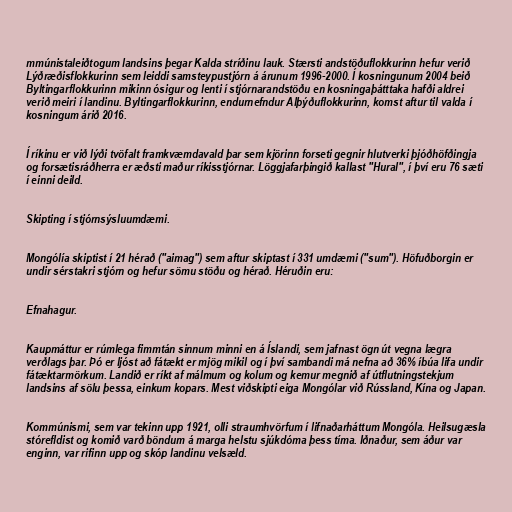
mmúnistaleiðtogum landsins þegar Kalda stríðinu lauk. Stærsti andstöðuflokkurinn hefur verið
Lýðræðisflokkurinn sem leiddi samsteypustjórn á árunum 1996-2000. Í kosningunum 2004 beið
Byltingarflokkurinn mikinn ósigur og lenti í stjórnarandstöðu en kosningaþátttaka hafði aldrei
verið meiri í landinu. Byltingarflokkurinn, endurnefndur Alþýðuflokkurinn, komst aftur til valda í
kosningum árið 2016.

Í ríkinu er við lýði tvöfalt framkvæmdavald þar sem kjörinn forseti gegnir hlutverki þjóðhöfðingja
og forsætisráðherra er æðsti maður ríkisstjórnar. Löggjafarþingið kallast "Hural", í því eru 76 sæti
í einni deild.

Skipting í stjórnsýsluumdæmi.

Mongólía skiptist í 21 hérað ("aimag") sem aftur skiptast í 331 umdæmi ("sum"). Höfuðborgin er
undir sérstakri stjórn og hefur sömu stöðu og hérað. Héruðin eru:

Efnahagur.

Kaupmáttur er rúmlega fimmtán sinnum minni en á Íslandi, sem jafnast ögn út vegna lægra
verðlags þar. Þó er ljóst að fátækt er mjög mikil og í því sambandi má nefna að 36% íbúa lifa undir
fátæktarmörkum. Landið er ríkt af málmum og kolum og kemur megnið af útflutningstekjum
landsins af sölu þessa, einkum kopars. Mest viðskipti eiga Mongólar við Rússland, Kína og Japan.

Kommúnismi, sem var tekinn upp 1921, olli straumhvörfum í lifnaðarháttum Mongóla. Heilsugæsla
stórefldist og komið varð böndum á marga helstu sjúkdóma þess tíma. Iðnaður, sem áður var
enginn, var rifinn upp og skóp landinu velsæld.